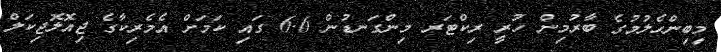
މިބިންހެލުމުގެ ބާރުމިން ހުރީ ރިކްޓަރ މިންގަނޑުން 6.6 ގައި ކަމަށް އެމެރިކާގެ ޖިއޮލޮޖިކަލް